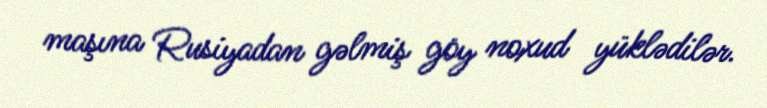
maşına Rusiyadan gəlmiş göy noxud yüklədilər.